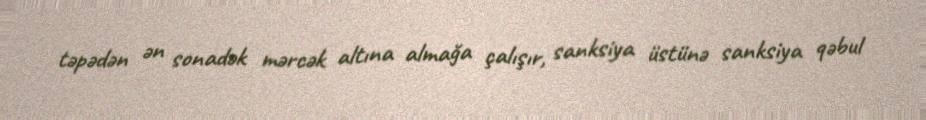
təpədən ən sonadək mərcək altına almağa çalışır, sanksiya üstünə sanksiya qəbul